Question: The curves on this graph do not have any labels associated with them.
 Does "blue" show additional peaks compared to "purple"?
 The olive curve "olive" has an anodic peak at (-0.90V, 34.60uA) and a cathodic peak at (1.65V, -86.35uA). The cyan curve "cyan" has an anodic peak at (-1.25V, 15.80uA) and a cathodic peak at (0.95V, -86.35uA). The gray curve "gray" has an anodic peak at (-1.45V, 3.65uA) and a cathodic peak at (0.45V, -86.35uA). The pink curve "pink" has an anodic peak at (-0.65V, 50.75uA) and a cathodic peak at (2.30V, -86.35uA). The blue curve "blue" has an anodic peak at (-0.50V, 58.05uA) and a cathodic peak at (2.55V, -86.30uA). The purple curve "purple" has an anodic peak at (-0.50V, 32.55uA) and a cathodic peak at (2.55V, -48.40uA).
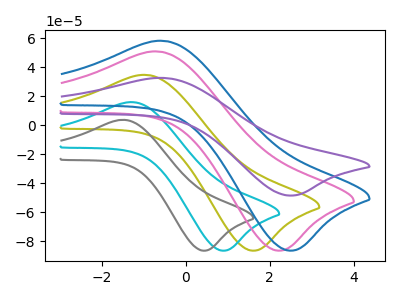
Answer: <think>All the peaks in "blue" have a peak in "purple" at the same potential. Every peak in "blue" is higher than every peak in "purple".
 </think>
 <answer>No, "blue" and "purple" don't appear to be significantly different in shape</answer>
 <eval>no_change</eval>